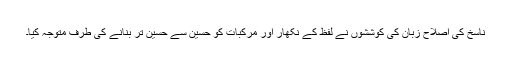
ناسخ کی اصلاح زبان کی کوششوں نے لفظ کے نکھار اور مرکبات کو حَسین سے حَسین تر بنانے کی طرف متوجہ کیا۔